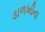
ડાળખીના